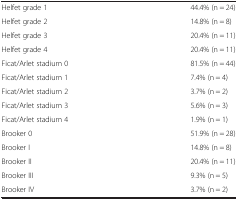
<table><thead><tr><td>[EMPTY_CELL]</td><td>[EMPTY_CELL]</td></tr></thead><tbody><tr><td>Helfet grade 1</td><td>44.4% (n = 24)</td></tr><tr><td>Helfet grade 2</td><td>14.8% (n = 8)</td></tr><tr><td>Helfet grade 3</td><td>20.4% (n = 11)</td></tr><tr><td>Helfet grade 4</td><td>20.4% (n = 11)</td></tr><tr><td>Ficat/Arlet stadium 0</td><td>81.5% (n = 44)</td></tr><tr><td>Ficat/Arlet stadium 1</td><td>7.4% (n = 4)</td></tr><tr><td>Ficat/Arlet stadium 2</td><td>3.7% (n = 2)</td></tr><tr><td>Ficat/Arlet stadium 3</td><td>5.6% (n = 3)</td></tr><tr><td>Ficat/Arlet stadium 4</td><td>1.9% (n = 1)</td></tr><tr><td>Brooker 0</td><td>51.9% (n = 28)</td></tr><tr><td>Brooker I</td><td>14.8% (n = 8)</td></tr><tr><td>Brooker II</td><td>20.4% (n = 11)</td></tr><tr><td>Brooker III</td><td>9.3% (n = 5)</td></tr><tr><td>Brooker IV</td><td>3.7% (n = 2)</td></tr></tbody></table>